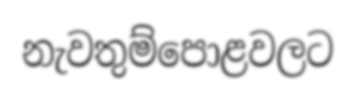
නැවතුම්පොළවලට